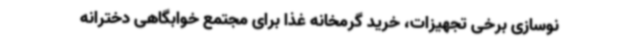
نوسازی برخی تجهیزات، خرید گرمخانه غذا برای مجتمع خوابگاهی دخترانه